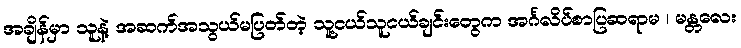
အချိန်မှာ သူနဲ့ အဆက်အသွယ်မပြတ်တဲ့ သူ့ငယ်သူငယ်ချင်းတွေက အင်္ဂလိပ်စာပြဆရာမ ၊ မန္တလေး